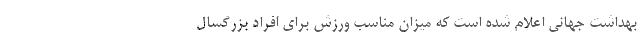
بهداشت جهانی اعلام شده است که میزان مناسب ورزش برای افراد بزرگسال